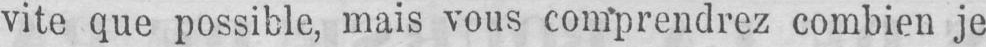
vite que possible, mais vous comprendrez combien je